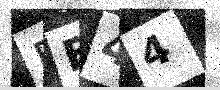
Text: BB44